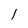
Character: 1